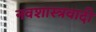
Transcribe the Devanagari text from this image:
नवशास्त्रवादी